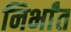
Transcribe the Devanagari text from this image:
निर्भांत